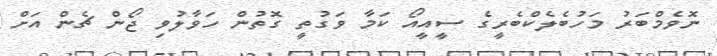
ނޮވެމްބަރު މަހުބެލެކްބެރީގެ ސީއީއޯ ކަމާ ވަގުތީ ގޮތުން ހަވާލުވި ޖޯން ޗެން އަށް